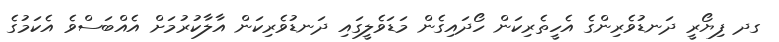
ގދ ފިޔޯރީ ދަނޑުވެރިންގެ އެހީތެރިކަން ހޯދައިގެން މަޑަވެލީގައި ދަނޑުވެރިކަން އާލާކުރުމަށް އެއްބަސްވެ އެކަމުގެ